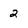
Character: 2